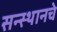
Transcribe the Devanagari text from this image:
सन्स्थानचे